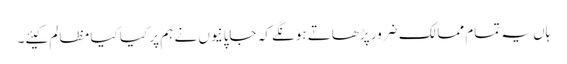
ہاں یہ تمام ممالک ضرور پڑھاتے ہونگے کہ جاپانیوں نے ہم پر کیا کیا مظالم کیئے۔